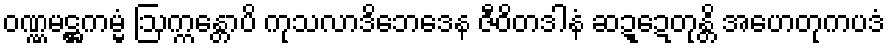
ဝဏ္ဏမဋ္ဌကမ္မံ ဩက္ကန္တောပိ ကုသလာဒိဘေဒေန ဇီဝိတဒါနံ ဆဍ္ဍေတုန္တိ အဟေတုကပဒံ